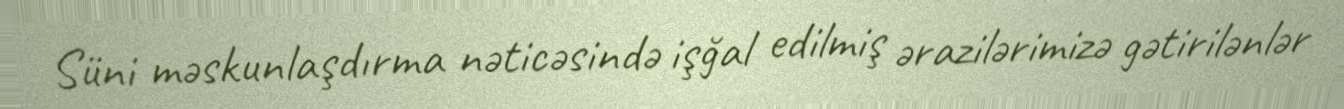
Süni məskunlaşdırma nəticəsində işğal edilmiş ərazilərimizə gətirilənlər